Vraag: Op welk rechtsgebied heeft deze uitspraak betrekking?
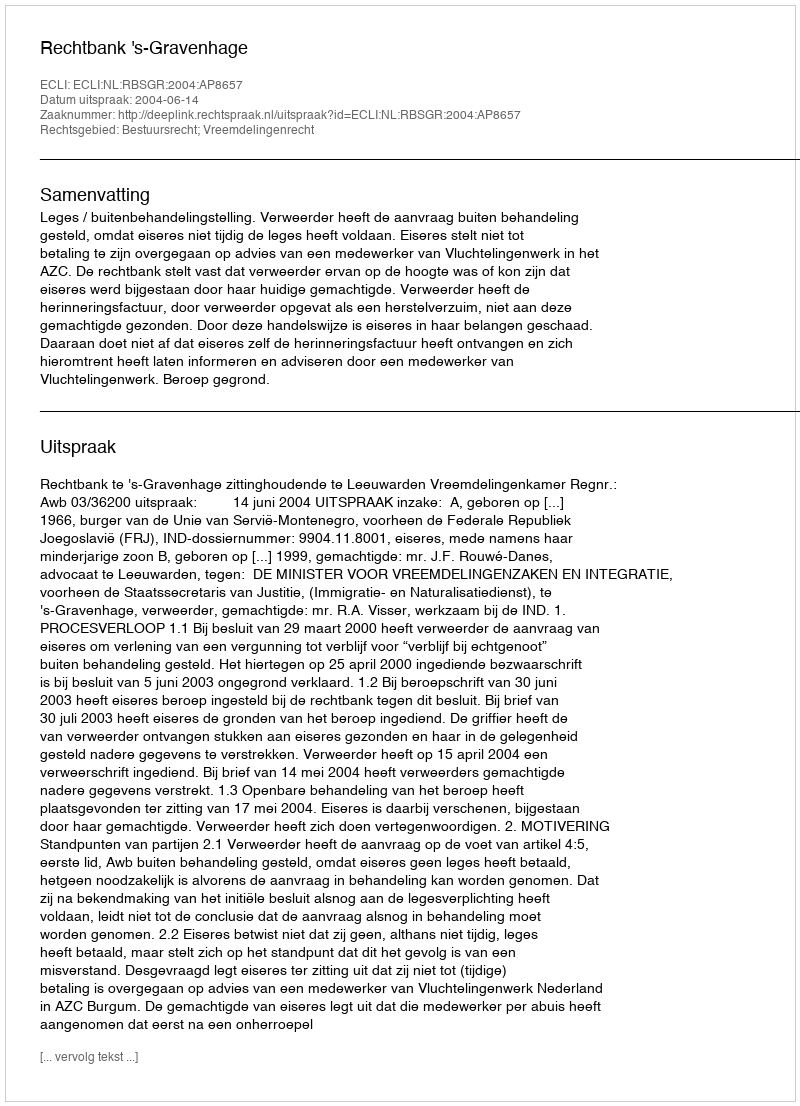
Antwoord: Bestuursrecht; Vreemdelingenrecht